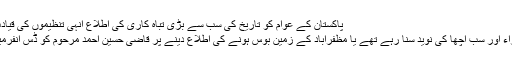
پاکستان کے عوام کو تاریخ کی سب سے بڑی تباہ کاری کی اطلاع انہی تنظیموں کی قیادت اور کارکنوں کے ذریعے پہنچی ورنہ
پرویز مشرف اور شوکت عزیز کے وزراء اور سب اچھا کی نوید سنا رہے تھے یا مظفرآباد کے زمین بوس ہونے کی اطلاع دینے پر قاضی حسین احمد مرحوم کو ڈس انفرمیشن کا مرتکب قرار دینے میں مصروف۔